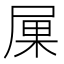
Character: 𡱼